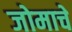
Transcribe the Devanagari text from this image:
जोमाचे